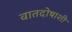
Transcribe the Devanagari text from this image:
वातदोषाशी